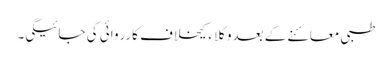
طبی معائنے کے بعدوکلا ء کیخلاف کارروائی کی جائیگی۔